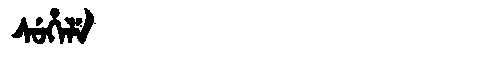
Manchu: ᠰᡠᡥᡝᠯᡝ
Romanization: SUHELE